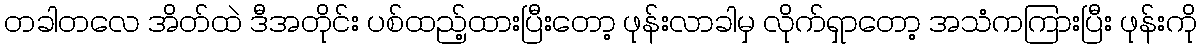
တခါတလေ အိတ်ထဲ ဒီအတိုင်း ပစ်ထည့်ထားပြီးတော့ ဖုန်းလာခါမှ လိုက်ရှာတော့ အသံကကြားပြီး ဖုန်းကို